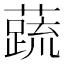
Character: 𬞞